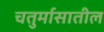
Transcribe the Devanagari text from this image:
चतुर्मासातील